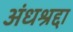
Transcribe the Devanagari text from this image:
अंधश्रद्दा